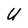
Character: U